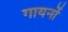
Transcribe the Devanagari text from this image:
गायनों